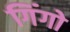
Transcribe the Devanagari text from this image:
गिंगो